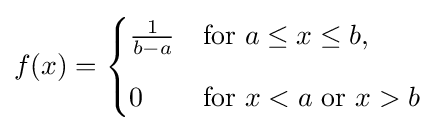
f(x)={\begin{cases}{\frac {1}{b-a}}&\mathrm {for} \ a\leq x\leq b,\\[8pt]0&\mathrm {for} \ x<a\ \mathrm {or} \ x>b\end{cases}}